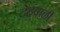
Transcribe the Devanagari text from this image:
देहवाळी